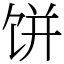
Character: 饼